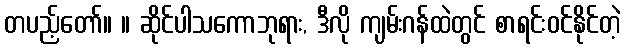
တပည့်တော်။ ။ ဆိုင်ပါသကောဘုရား, ဒီလို ကျမ်းဂန်ထဲတွင် စာရင်းဝင်နိုင်တဲ့